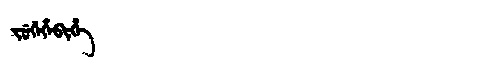
Manchu: ᠵᡠᡤᡝᡥᡝᠪᡳᡥᡝ
Romanization: JUGEHEBIHE